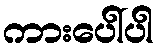
ကားပေါ်ပါ